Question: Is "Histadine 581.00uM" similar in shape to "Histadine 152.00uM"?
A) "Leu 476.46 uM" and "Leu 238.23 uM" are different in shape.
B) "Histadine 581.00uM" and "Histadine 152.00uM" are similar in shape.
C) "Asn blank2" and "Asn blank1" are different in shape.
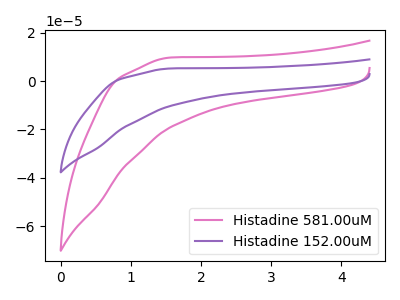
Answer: <think>The pink curve "Histadine 581.00uM" has no peaks. The purple curve "Histadine 152.00uM" has no peaks.
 Neither "Histadine 581.00uM" or "Histadine 152.00uM" have any peaks.</think>
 <answer>B) "Histadine 581.00uM" and "Histadine 152.00uM" are similar in shape.</answer>
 <eval>B</eval>